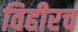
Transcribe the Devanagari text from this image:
विहीरच